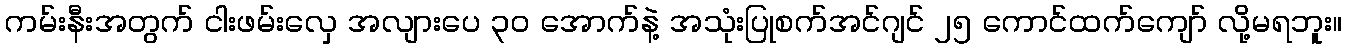
ကမ်းနီးအတွက် ငါးဖမ်းလှေ အလျားပေ ၃၀ အောက်နဲ့ အသုံးပြုစက်အင်ဂျင် ၂၅ ကောင်ထက်ကျော် လို့မရဘူး။